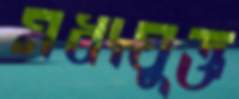
মধ্যযুক্ত